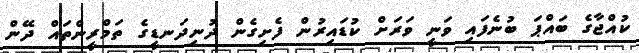
ކުއްޖާގެ ބައްޕަ ބުނެފައި ވަނީ ވަރަށް ކުޑައިރުން ފެށިގެން ދުނިދަނޑީގެ ތަމްރީންތައް ދޭން